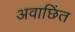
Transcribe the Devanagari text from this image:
अवाछिंत